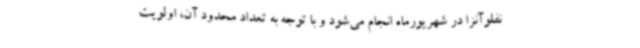
نفلوآنزا در شهریورماه انجام می‌شود و با توجه به تعداد محدود آن، اولویت